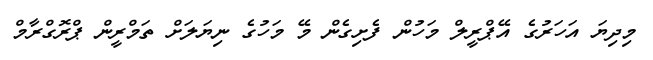
މިދިޔަ އަހަރުގެ އޭޕްރީލް މަހުން ފެށިގެން މޭ މަހުގެ ނިޔަލަށް ތަމްރީން ޕްރޮގްރާމް